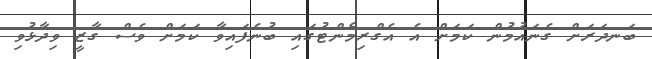
ބަނދަރަށް ގެނައުމުން ކަމަށް އެ އެގްރިމެންޓުގައި ބުނެފައިވާ ކަމަށް ވެސް ގާޒީ ވިދާޅުވި